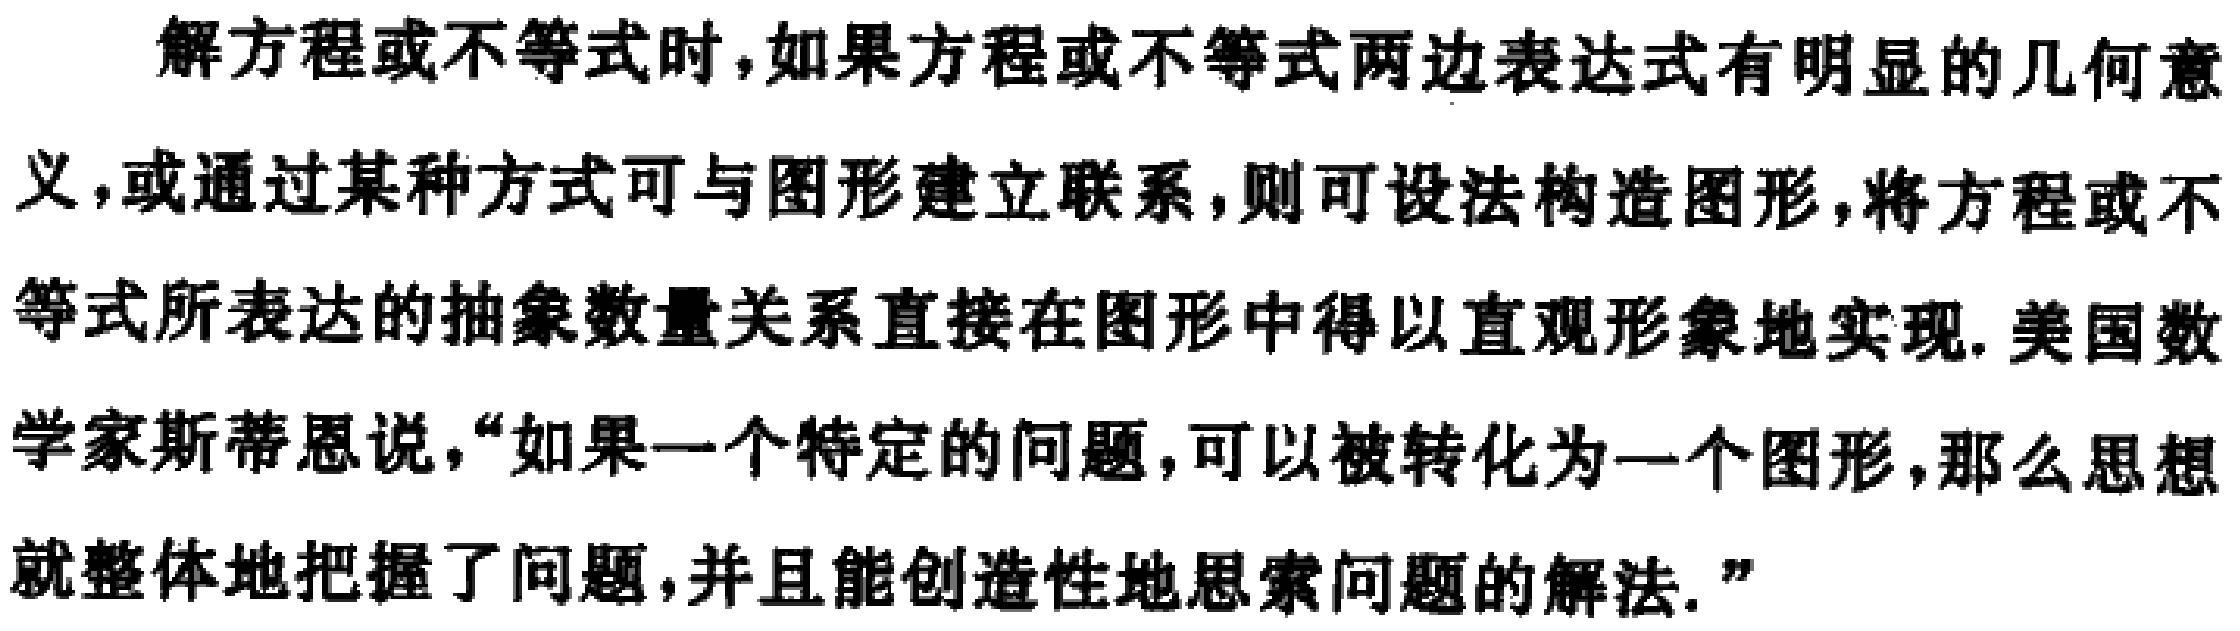
解方程或不等式时，如果方程或不等式两边表达式有明显的几何意义，或通过某种方式可与图形建立联系，则可设法构造图形，将方程或不等式所表达的抽象数量关系直接在图形中得以直观形象地实现. 美国数学家斯蒂恩说，“如果一个特定的问题，可以被转化为一个图形，那么思想就整体地把握了问题，并且能创造性地思索问题的解法.”